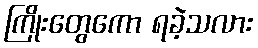
ကြိုးတွေကော ရခဲ့သလား